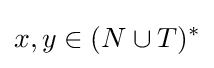
x,y\in (N\cup T)^{*}